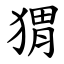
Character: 猬